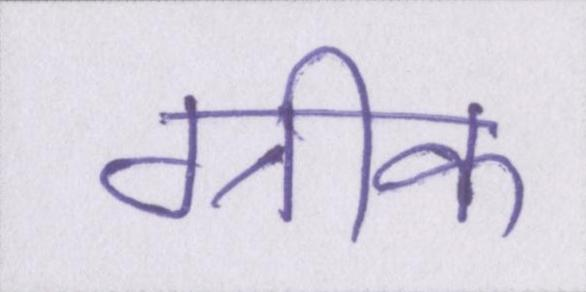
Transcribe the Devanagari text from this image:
ग्रीक